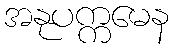
အနုပက္ကမေန